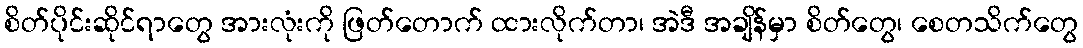
စိတ်ပိုင်းဆိုင်ရာတွေ အားလုံးကို ဖြတ်တောက် ထားလိုက်တာ၊ အဲဒီ အချိန်မှာ စိတ်တွေ၊ စေတသိက်တွေ